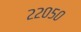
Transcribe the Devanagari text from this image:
२२०५०